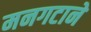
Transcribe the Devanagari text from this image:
मनगटाने